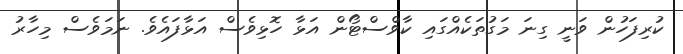
ކުރިފަހުން ވަނީ ގިނަ މަގުތަކެއްގައި ކާވްސްޓޯން އަޅާ ހޮޅިވެސް އަޅާފައެވެ. ނަމަވެސް މިހާރު